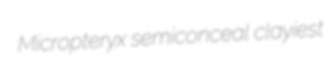
Micropteryx semiconceal clayiest